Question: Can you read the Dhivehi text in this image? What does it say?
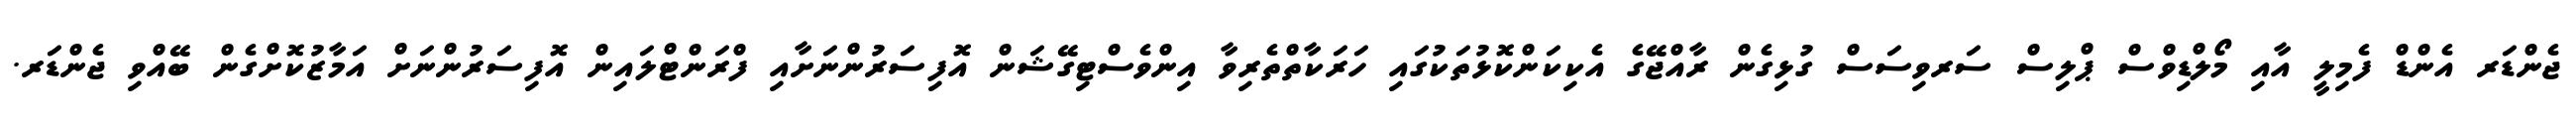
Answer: ޖެންޑަރ އެންޑް ފެމިލީ އާއި މޯލްޑިވްސް ޕްލިސް ސަރވިސަސް ގުޅިގެން ރާއްޖޭގެ އެކިކަންކޮޅުތަކުގައި ހަރަކާތްތެރިވާ އިންވެސްޓިގޭޝަން އޮފިސަރުންނަށާއި ފްރަންޓްލައިން އޮފިސަރުންނަށް އަމާޒުކޮށްގެން ބޭއްވި ޖެންޑަރ.